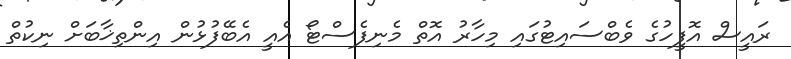
ރައީސް އޮފީހުގެ ވެބްސައިޓުގައި މިހާރު އޮތް މެނިފެސްޓޯ އެއީ އެބޭފުޅުން އިންތިޚާބަށް ނިކުތް